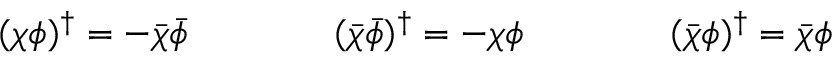
( \chi \phi ) ^ { \dagger } = - \bar { \chi } \bar { \phi } \qquad \qquad ( \bar { \chi } \bar { \phi } ) ^ { \dagger } = - \chi \phi \qquad \qquad ( \bar { \chi } \phi ) ^ { \dagger } = \bar { \chi } \phi